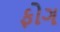
ફોગ